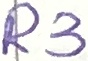
Text: R3